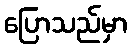
ပြောသည်မှာ